Lunatic asylums Madras 1877-1891 - 1877-1891
Year: 1877
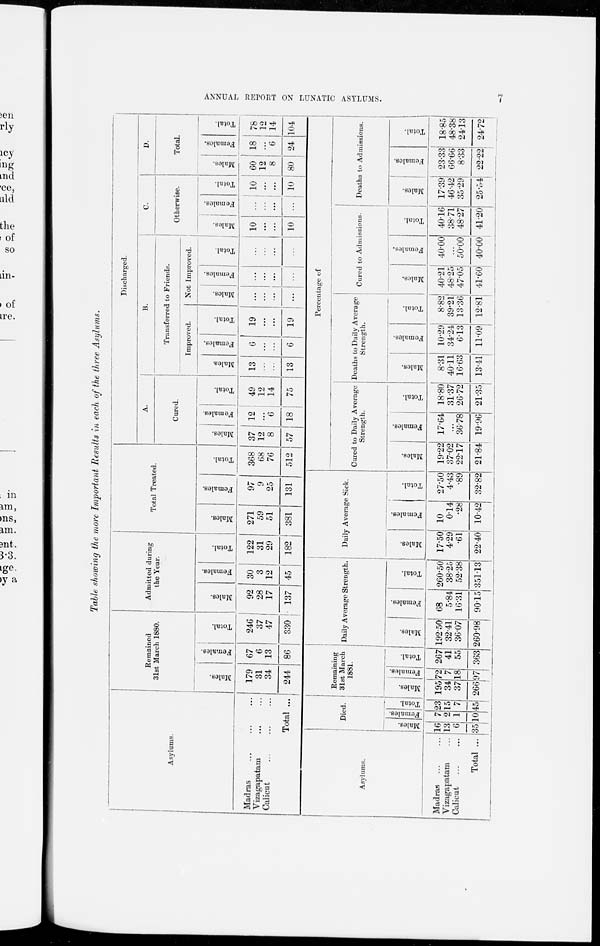
ANNUAL REPORT ON LUNATIC ASYLUMS.
7
Table showing the more Important Results in each of the three Asylums.
Asylums.
Madras ... ... ...
Vizagapatam ... ...
Calicut ... ... ...
Total ...
Asylums.
Madras ... ...
Vizagapatam ...
Calicut ... ...
Total ...
Died.
Males.
16
13
6
35
Females.
7
2
1
10
Total.
23
15
7
45
Remained
31st March 1880.
Males.
179
31
34
244
Females.
67
6
13
86
Remaining
31st March
1881.
Males.
195
34
37
266
Females.
72
7
18
97
Total.
267
41
55
363
Total.
246
37
47
330
Admitted during
the Year.
Males.
92
28
17
137
Females.
30
3
12
45
Daily Average Strength.
Males.
192.50
32.41
36.07
260.98
Females.
68
5.84
16.31
90.15
Total.
260.50
38.25
52.38
351.13
Total.
122
31
29
182
Total Treated.
Males.
271
59
51
381
Females.
97
9
25
131
Daily Average Sick.
Males.
17.50
4.29
.61
22.40
Females.
10
0.14
.28
10.42
Total.
27.50
4.43
.89
32.82
Total.
368
68
76
512
Discharged.
A.
Cured.
Males.
37
12
8
57
Females.
12
...
6
18
Total.
49
12
14
75
B.
Transferred to Friends.
Improved.
Males.
13
...
...
13
Females.
6
...
...
6
Total.
19
...
...
19
Not Improved.
Males.
...
...
...
...
Females.
...
...
...
...
Total.
...
...
...
...
C.
Otherwise.
Males.
10
...
...
10
Females.
...
...
...
...
Total.
10
...
...
10
D.
Total.
Males.
60
12
8
80
Females.
18
...
6
24
Total.
78
12
14
104
Percentage of
Cured to Daily Average
Strength.
Males.
19.22
37.02
22.17
21.84
Females.
17.64
...
36.78
19.96
Total.
18.80
31.37
26.72
21.35
Deaths to Daily Average
Strength.
Males.
8.31
40.11
16.63
13.41
Females.
10.29
34.24
6.13
11.09
Total.
8.82
39.21
13.36
12.81
Cured to Admissions.
Males.
40.21
48.25
47.05
41.60
Females.
40.00
...
50.00
40.00
Total.
40.16
38.71
48.27
41.20
Deaths to Admissions.
Males.
17.39
46.42
35.29
25.54
Females.
23.33
66.66
8.33
22.22
Total.
18.85
48.38
24.13
24.72